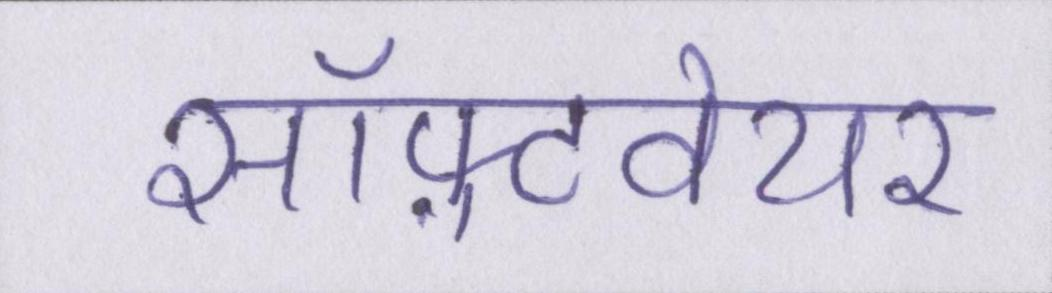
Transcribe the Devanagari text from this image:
सॉफ़्टवेयर